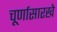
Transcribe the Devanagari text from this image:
चूर्णासारखे